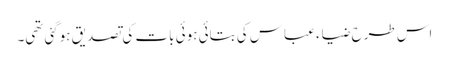
اس طرح ضیاء عباس کی بتائی ہوئی بات کی تصدیق ہوگئی تھی۔